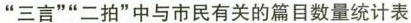
”三言””二拍”中与市民有关的篇目数量统计表书